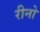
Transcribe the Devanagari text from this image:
रीनो